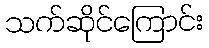
သက်ဆိုင်ကြောင်း